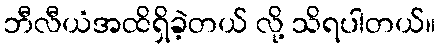
ဘီလီယံအထိရှိခဲ့တယ် လို့ သိရပါတယ်။